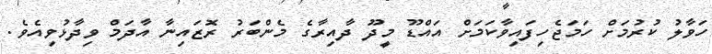
ހަވާލު ކުރުމަށް ހަމަޖެހިފައިވާކަމަށް އައްޑޫ މީދޫ ދާއިރާގެ މެންބަރު ރޮޒައިނާ އާދަމް ވިދާޅުވިއެވެ.